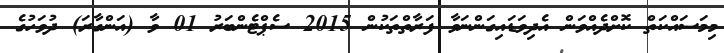
މިމަސައްކަތް ކޮށްދެއްވަން އެދިވަޑައިގަންނަވާ ފަރާތްތަކުން 2015 ސެޕްޓެންބަރު 01 ވާ (އަންގާރަ) ދުވަހުގެ